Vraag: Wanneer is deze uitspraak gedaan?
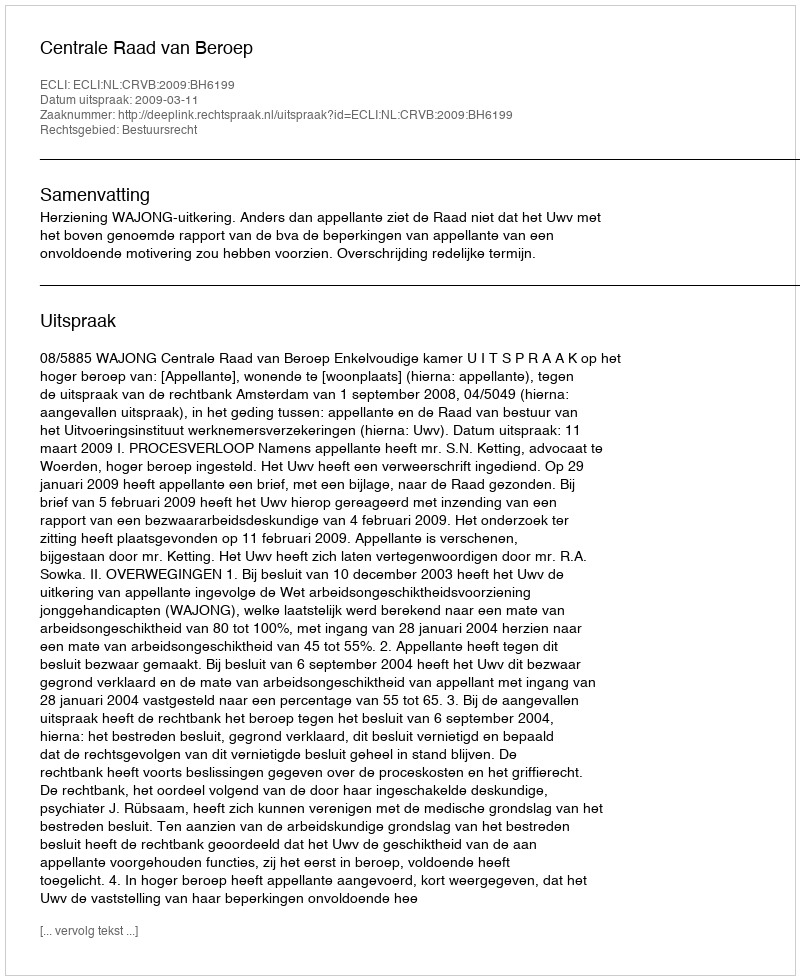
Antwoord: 2009-03-11